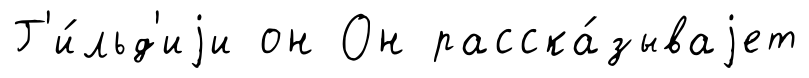
Г'и́льд'иjи он Он расска́зываjет